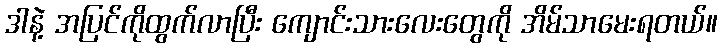
ဒါနဲ့ အပြင်ကိုထွက်လာပြီး ကျောင်းသားလေးတွေကို အိမ်သာမေးရတယ်။